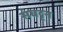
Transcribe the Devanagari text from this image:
संघट्टन